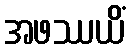
အဖဿယိံ